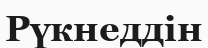
Рүкнеддін